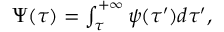
\begin{array} { r } { \Psi ( \tau ) = \int _ { \tau } ^ { + \infty } { \psi ( \tau ^ { \prime } ) d \tau ^ { \prime } } , } \end{array}